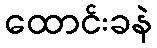
ထောင်းခနဲ